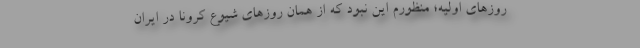
روزهای اولیه؛ منظورم این نبود که از همان روزهای شیوع کرونا در ایران